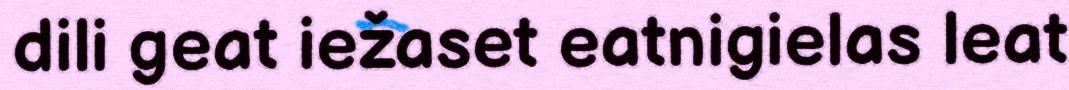
dili geat iežaset eatnigielas leat